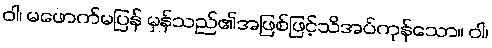
ဝါ၊ မဖောက်မပြန် မှန်သည်၏အဖြစ်ဖြင့်သိအပ်ကုန်သော။ ဝါ၊